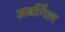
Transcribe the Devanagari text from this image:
अबर्गिल